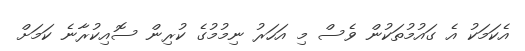
އެކަމަކު އެ ގައުމުތަކުން ވެސް މި އަހަރު ނިމުމުގެ ކުރިން ސޮއިކުރާނެ ކަމަށް